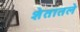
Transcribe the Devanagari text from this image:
शेतातले